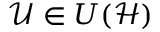
\mathscr { U } \in { \cal U } ( \mathscr { H } )